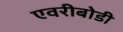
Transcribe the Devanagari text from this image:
एवरीबोडी